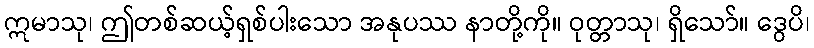
ဣမာသု၊ ဤတစ်ဆယ့်ရှစ်ပါးသော အနုပဿ နာတို့ကို။ ဝုတ္တာသု၊ ရှိသော်။ ဒွေပိ၊